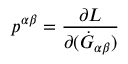
p ^ { \alpha \beta } = \frac { \partial { \cal L } } { \partial ( \dot { \cal G } _ { \alpha \beta } ) }